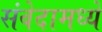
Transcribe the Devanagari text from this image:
संवेदामध्ये